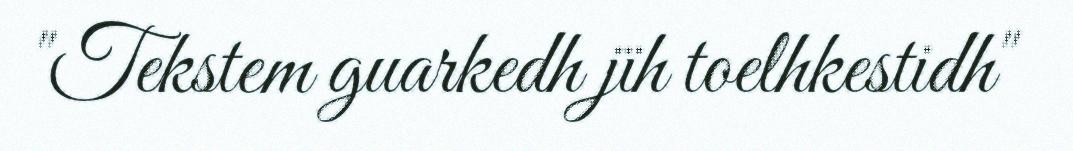
"Tekstem guarkedh jïh toelhkestidh"